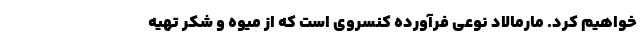
خواهیم کرد. مارمالاد نوعی فرآورده کنسروی است که از میوه و شکر تهیه